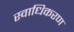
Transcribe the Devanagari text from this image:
स्वाधिकरण